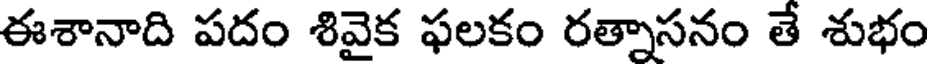
ఈశానాది పదం శివైక ఫలకం రత్నాసనం తే శుభం